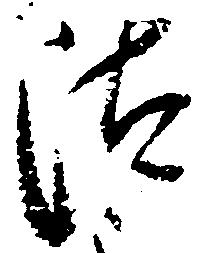
汰